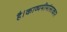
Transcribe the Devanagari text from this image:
है।काव्यमीमांसाकार